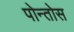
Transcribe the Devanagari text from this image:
पोन्तोस